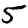
Digit: 5